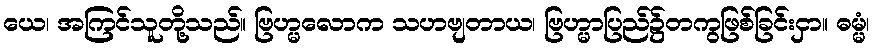
ယေ၊ အကြင်သူတို့သည်။ ဗြဟ္မလောက သဟဗျတာယ၊ ဗြဟ္မာပြည်၌တကွဖြစ်ခြင်းငှာ။ ဓမ္မံ၊